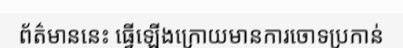
ព័ត៌មាននេះ ធ្វើឡើងក្រោយមានការចោទប្រកាន់